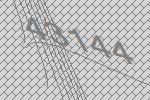
43144